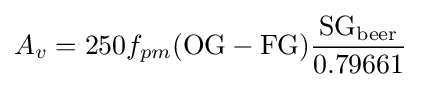
A_{v}=250f_{pm}({\text{OG}}-{\text{FG}}){{\text{SG}}_{\text{beer}} \over 0.79661}